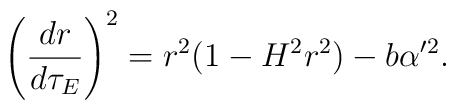
\left(\frac{dr}{d\tau_E}\right)^2=r^2(1-H^2r^2)-b\alpha'^2.